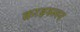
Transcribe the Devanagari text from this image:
क्राइस्लर